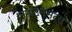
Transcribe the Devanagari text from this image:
अनाउंसमेंट्स